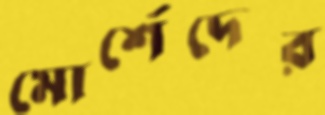
মোর্শেদের